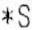
*S